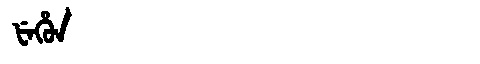
Manchu: ᡶᡝᡥᡠᠨ
Romanization: FEHUN